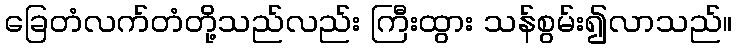
ခြေတံလက်တံတို့သည်လည်း ကြီးထွား သန်စွမ်း၍လာသည်။